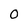
Character: 0